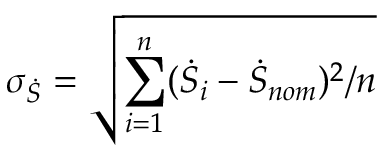
\sigma _ { \dot { S } } = \sqrt { \sum _ { i = 1 } ^ { n } ( { \dot { S } } _ { i } - { \dot { S } } _ { n o m } ) ^ { 2 } / n }